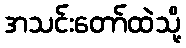
အသင်းတော်ထဲသို့